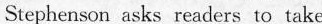
Stephenson asks readers to take